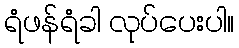
ရံဖန်ရံခါ လုပ်ပေးပါ။